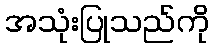
အသုံးပြုသည်ကို